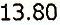
13.80